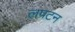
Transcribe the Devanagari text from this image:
लपटन